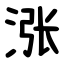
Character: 涨